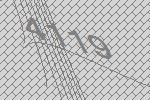
4119